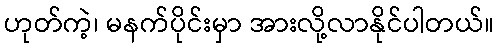
ဟုတ်ကဲ့၊ မနက်ပိုင်းမှာ အားလို့လာနိုင်ပါတယ်။